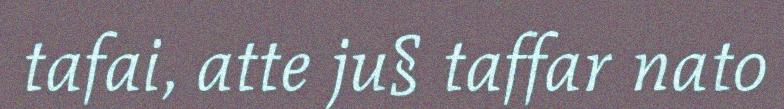
tafai, atte ju§ taffar nato